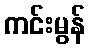
ကင်းမွန်